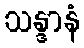
သန္ဒာနံ